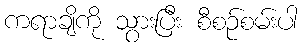
ကရာချိကို သွားပြီး စီစဉ်စမ်းပါ